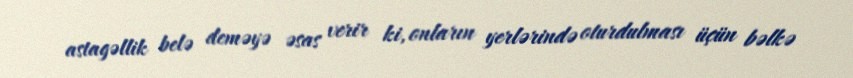
astagəllik belə deməyə əsas verir ki, onların yerlərində oturdulması üçün bəlkə